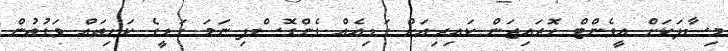
މިސާލަކަށް އީވެންޓް ހޮރައިޒަން ކައިރިއަށް ގަޑިއެއް ގެންގޮސްފި ނަމަ ގަޑީގެ ކަށިތައް ވަގުތުން